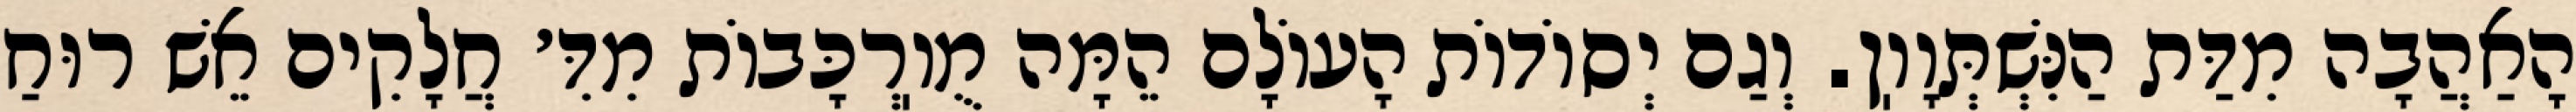
הָאַהֲבָה מִדַּת הַנִּשְׁתְּוָוֽן. וְגַם יְסוֹדוֹת הָעוֹלָם הֵמָּה מֻוֽרְכָּבוֹת מִדִּ׳ חֲלָקִים אֵשׁ רוּחַ